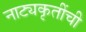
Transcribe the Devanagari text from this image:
नाट्यकृतींची